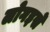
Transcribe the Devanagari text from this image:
लोगइसे